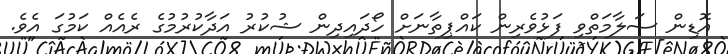
އޮޑިން ސަލާމަތްވި ފަޅުވެރިން ކައްޕިތާނަށް ހޯދައިދިން ޝުކުރު އަދާކުރުމުގެ ރެއެއް ކަމުގަ އެވެ.